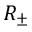
R _ { \pm }